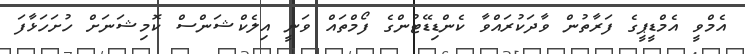
އެމްވީ އެމްޑީޕީގެ ފަރާތުން ވާދަކުރައްވާ ކެންޑިޑޭޓުންގެ ފޯމްތައް ވަނީ އިލެކްޝަންސް ކޮމިޝަނަށް ހުށަހަޅާފަ